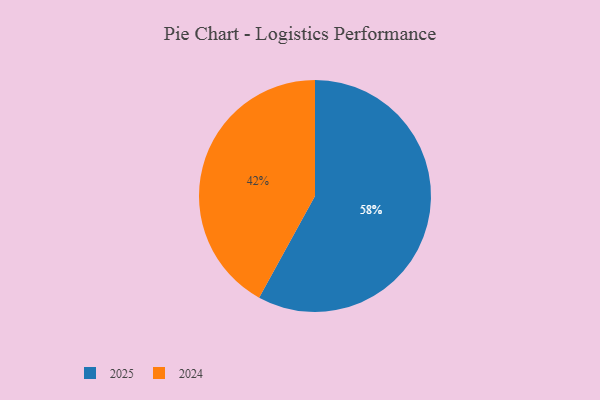
{"axis": {"x": "Category", "y": "Percentage"}, "legend": ["2024", "2025"], "data": [{"x": "2025", "y": 58, "type": "2025"}, {"x": "2024", "y": 42, "type": "2024"}]}